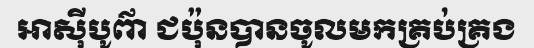
អាស៊ីបូព៌ា ជប៉ុនបានចូលមកគ្រប់គ្រង